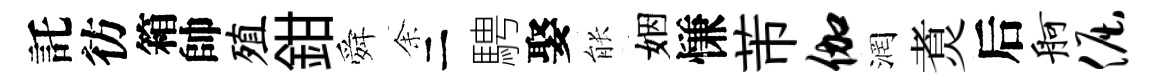
託彷箱帥殖鉗舜𪜬二騁娶䏻姻慊芾伽润煑后舸倔